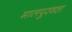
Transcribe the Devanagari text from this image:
मालपुरवठा